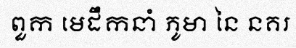
ពួក មេដឹកនាំ ភូមា នៃ នគរ